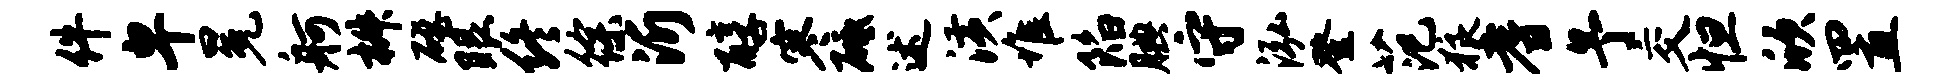
件卑冕舸椒磴眼终徐沂醇寒砥述潢堆陷腆守泓登范狼耆予交怛欣置